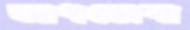
আধডোবা